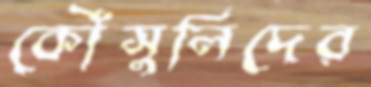
কৌঁসুলিদের